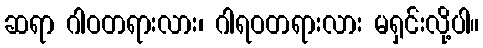
ဆရာ ဂါဝတရားလား၊ ဂါရဝတရားလား မရှင်းလို့ပါ။